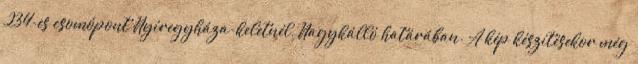
234-es csomópont Nyíregyháza-keletnél, Nagykálló határában. A kép készítésekor még